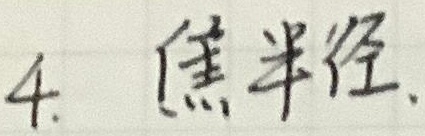
4. 焦半径.